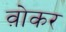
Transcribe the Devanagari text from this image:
व़ोकर